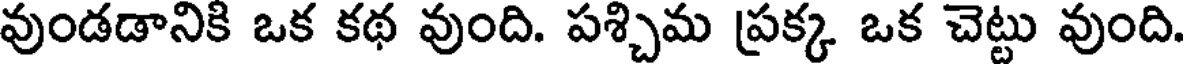
వుండడానికి ఒక కథ వుంది. పశ్చిమ ప్రక్క ఒక చెట్టు వుంది.